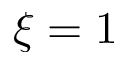
\xi = 1